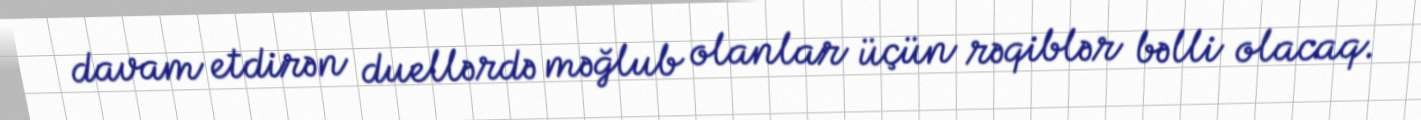
davam etdirən duellərdə məğlub olanlar üçün rəqiblər bəlli olacaq.